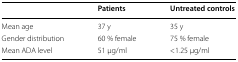
<table><thead><tr><td></td><td><b>Patients</b></td><td><b>Untreated controls</b></td></tr></thead><tbody><tr><td>Mean age</td><td>37 y</td><td>35 y</td></tr><tr><td>Gender distribution</td><td>60 % female</td><td>75 % female</td></tr><tr><td>Mean ADA level</td><td>51 μg/ml</td><td>&lt;1.25 μg/ml</td></tr></tbody></table>